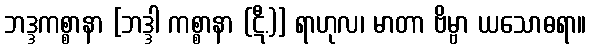
ဘဒ္ဒကစ္စာနာ [ဘဒ္ဒါ ကစ္စာနာ (ဋီ.)] ရာဟုလ၊ မာတာ ဗိမ္ဗာ ယသောဓရာ။